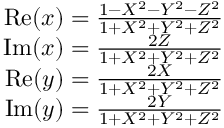
\begin{array} { r } { \mathrm { R e } ( x ) = \frac { 1 - X ^ { 2 } - Y ^ { 2 } - Z ^ { 2 } } { 1 + X ^ { 2 } + Y ^ { 2 } + Z ^ { 2 } } } \\ { \mathrm { I m } ( x ) = \frac { 2 Z } { 1 + X ^ { 2 } + Y ^ { 2 } + Z ^ { 2 } } } \\ { \mathrm { R e } ( y ) = \frac { 2 X } { 1 + X ^ { 2 } + Y ^ { 2 } + Z ^ { 2 } } } \\ { \mathrm { I m } ( y ) = \frac { 2 Y } { 1 + X ^ { 2 } + Y ^ { 2 } + Z ^ { 2 } } } \end{array}